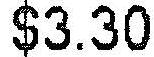
$3.30